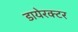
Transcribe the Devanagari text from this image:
डायेरक्टर